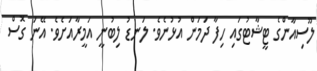
ލޫސިއާންގެ ޓީޝާޓުގައި ހިފާ ދަމަން އުޅުނެވެ. ލަނޑު ލިބުނީ އަމީރާއަށެވެ. އޭނަ ގޮސް